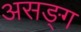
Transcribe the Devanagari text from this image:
असङ्ग